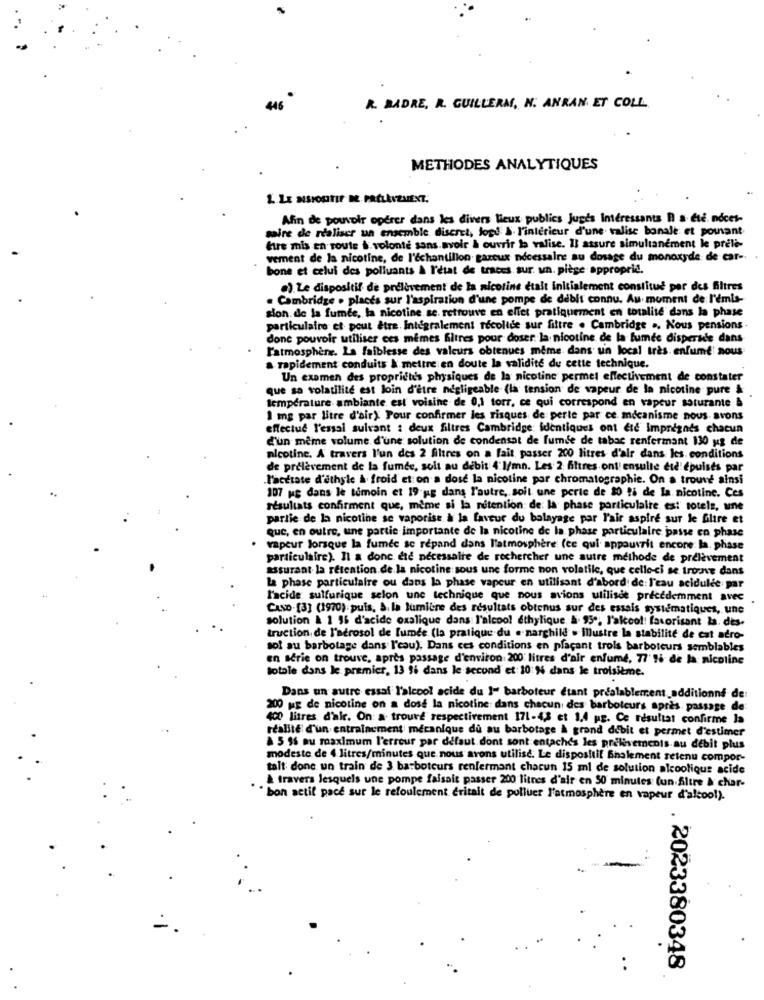
R. MADRE, R. GUILLERM, N. ANRAN ET COLL
METHODES ANALYTIQUES
1. LE NSPORTIF M.PRÉLÈVEMENT.
Afin de pouvoir operer dans les divers lieux publics Juges Intéressants n a été. nocet-
saire de réaliser un ensemble discret, lopd À l'interieur d'une valise banale et powant
fire mis en route $. volonte sans.avoir & ouvrir la valise. Il assure simultanément le prele-
vement de la nicotine, de l'échantillon gazeux nécessaire su dosage du monoxyde de car-
bone et celui des polluants à l'état de traces. sur. un. piège approprid.
.). Le dispositif de prélèvement de la nicotine etalt initialement constitue per des filtres
. Cambridge . places sur l'aspiration d'une pompe de debit connu. Au moment de l'émls-
sion. de la fumée, la nicotine se retrouve en effet pratiquement en totalité dans la phase
particulaire et peut être. Integralement recolice sur filtre . Cambridge .. Nous pensions-
done pouvoir utiliser ces mêmes fitres pour doser la nicotine de la fumée dispersde dans
F'atmosphere. La faiblesse des valeurs obtenues meme dans un local très. enfume' nous
a rapidement conduits & mettre en doute la validité du cette technique.
Un examen des propriehe's physiques de la nicotine permet effectivement de constater
que sa volatilité est loin d'être négligeable (la tension de vapeur de la nicotine pure &
température ambiante est voisine de 0,1 torr, ce qui correspond en vapeur saturante &
1 mg par litre d'air) Pour confirmer les risques de perte par ce mécanisme nous avons
effectue l'essal suivant : deux filtres Cambridge identiques ont die impregnes chacun
d'un meme volume d'une solution de condensat de fumde de tabac renfermant 130 ug de
nicotine. A travers l'un des 2 filtres on a fait passer 200 litres d'air dans les. conditions
de prélèvement de la fumée, solt au debit 4'l/mn. Les 2: Altres ont! ensulle ete épuisés par
.l'acetate d'ethyle & froid et on a dose la nicotine par chromatographie. On a trouve ainsi
107 ug dans le tomoin et 19 ug dans l'autre, soit une perte de 20 ti de la nicotine. Ces
résultats confirment que, même si la retention: de la phase particulaire. esi' totels, une
partie de la nicotine se vaporise à la faveur du balayage par l'air aspire sur le filtre et
que, en outre, une partie importante de la nicotine de la phase particulaire passe en phase
vapeur lorsque la fumec se repand dans l'atmosphère (ce qui appourrit encore la. phase
particulaire). Il a donc. die nécessaire de rechercher une autre methode de prélèvement
assurant la retention.de la nicotine sous une forme non volatile, que celle-ci se trouve dans
La phase particulaire ou dans la phase vapeur en utilisant d'abord de: l'eau acidulée par
l'acide sulfurique selon une technique que nous avions utilisde précédemment avec
CAND.[3] (1970) puis, S. la lumière des résultats obtenus sur des essais systématiques, une
solution & 1 15 d'acide oxalique dans l'alcool éthylique &. 95", l'alcool: favorisant la. des-
truction de l'aerosol de fumée (la pratique du .- narghild . Mustre la stabilité de cat atro-
sol au barbotage dans l'eau). Dans ces conditions en plaçant trois barboleurs semblables
en serie on trouve, après passage d'environ 200 litres d'air enfumé, 77'si de la nicotine
totale dans le premier, 13 Si dans le secund et 10: 4 dans le troisième.
Dans un autre essai l'alcool acide du 1- barboteur étant préalablement additionné de:
200 mg de nicotine on a dose la nicotine: dans chacun des barboteurs après passage de
400 litres d'air. On: a trouve respectivement 171-4,3 et 1,4 g. Ce résultat confirme Ja
réalité d'un entrainement mécanique du au barbotage À grand debit et permet d'estimer
& 5 56 au maximum l'erreur par défaut. dont sont entaches les prélèvements au debit plus
modeste de 4 litres/minutes que nous avons utilise. Le dispositif Bnalement retenu compor-
talt done un train de 3. barboteurs renfermant chacun 15 ml de solution alcoolique acide
& travers lesquels une pompe faisait passer 200 litres d'air en 50 minutes (un Altre & char-
" bon actif pace sur le refoulement eritait de polluer l'atmosphère en vapeur d'alcool).
2023380348